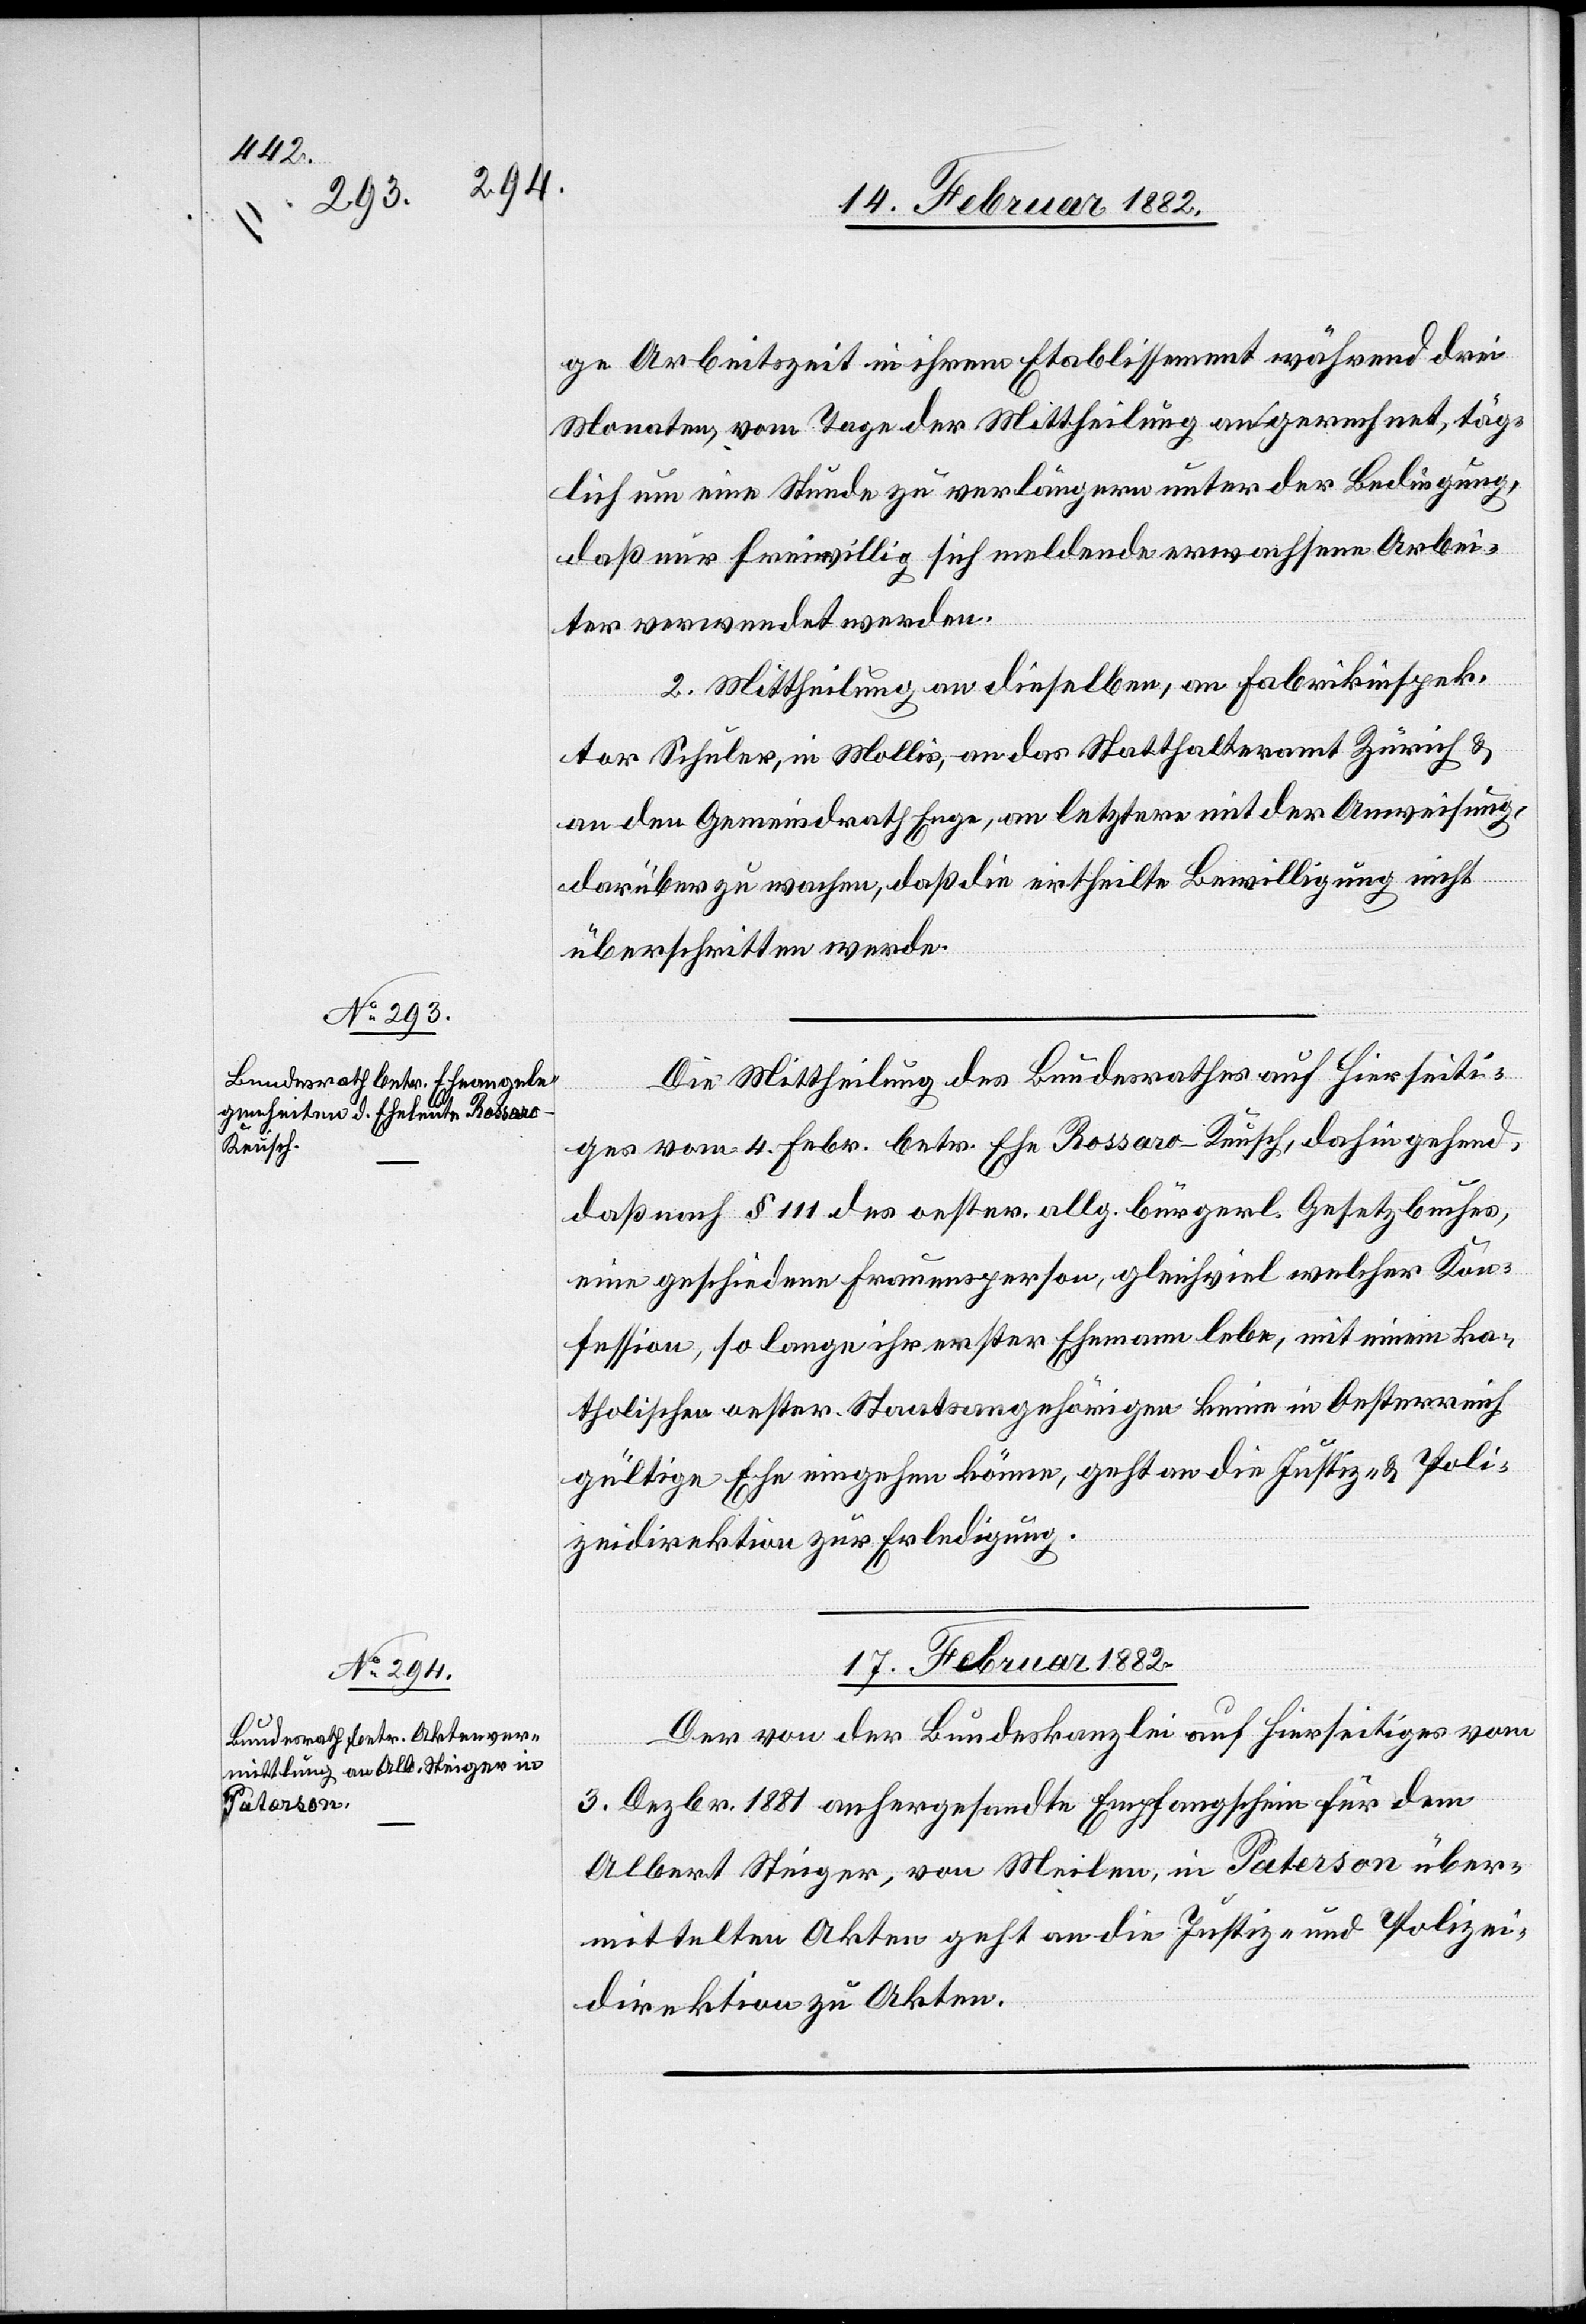
16. Februar 1882.]
ge Arbeitszeit in ihrem Etablissement während drei
Monaten, vom Tage der Mittheilung an gerechnet, täg¬
lich um eine Stunde zu verlängern unter der Bedingung,
daß nur freiwillig sich meldende erwachsene Arbei¬
ter verwendet werden.
2. Mittheilung an dieselben, an Fabrikinspek¬
tor Schuler, in Mollis, an das Statthalteramt Zürich &
an den Gemeindrath Enge, an letzteren mit der Anweisung,
darüber zu wachen, daß die ertheilte Bewilligung nicht
überschritten werde.
Die Mittheilung des Bundesrathes auf hierseiti¬
ges vom 4. Febr. betr. Ehe Rossaro-Keusch, dahin gehend,
daß nach § 111 des oester. allg. bürgerl. Gesetzbuches,
eine geschiedene Frauensperson, gleichviel welcher Kon¬
fession, so lange ihr erster Ehemann lebe, mit einem ka¬
tholischen oester. Staatsangehörigen keine in Oesterreich
gültige Ehe eingehen könne, geht an die Justiz- & Poli¬
zeidirektion zur Erledigung.
17. Februar 1882.
Der von der Bundeskanzlei auf hierseitiges vom
3. Dezbr. 1881 anhergesandte Empfangschein für den
Albert Steiger, von Meilen, in Paterson über¬
mittelte Akten geht an die Justiz- und Polizei¬
direktion zu Akten.